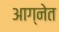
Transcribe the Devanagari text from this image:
आग्नेत